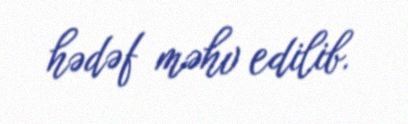
hədəf məhv edilib.